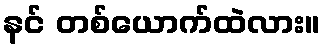
နင် တစ်ယောက်ထဲလား။